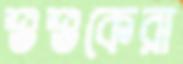
শুশুকেরা